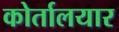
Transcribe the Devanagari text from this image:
कोर्तालयार